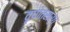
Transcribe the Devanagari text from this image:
वृषोत्सर्ग